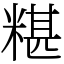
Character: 糂